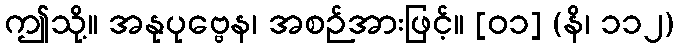
ဤသို့။ အနုပုဗ္ဗေန၊ အစဉ်အားဖြင့်။ [၀၁] (နိ၊ ၁၁၂)